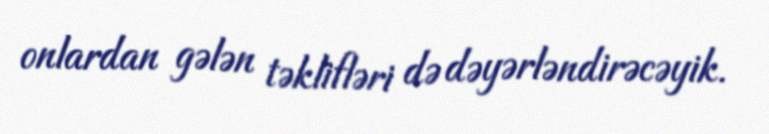
onlardan gələn təklifləri də dəyərləndirəcəyik.